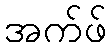
အက်ဖ်